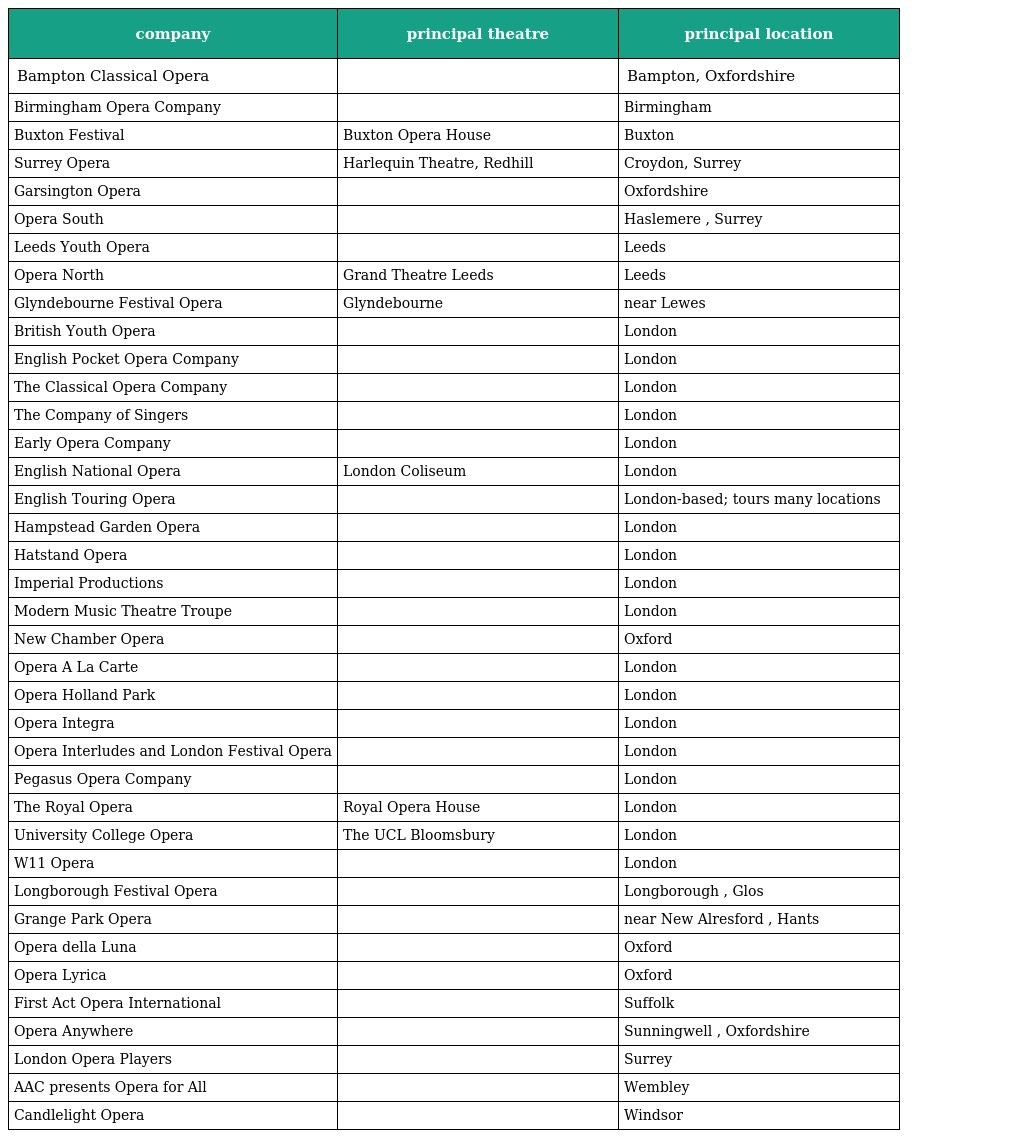
| company | principal theatre | principal location |
 | --- | --- | --- |
 | Bampton Classical Opera |  | Bampton, Oxfordshire |
 | Birmingham Opera Company |  | Birmingham |
 | Buxton Festival | Buxton Opera House | Buxton |
 | Surrey Opera | Harlequin Theatre, Redhill | Croydon, Surrey |
 | Garsington Opera |  | Oxfordshire |
 | Opera South |  | Haslemere , Surrey |
 | Leeds Youth Opera |  | Leeds |
 | Opera North | Grand Theatre Leeds | Leeds |
 | Glyndebourne Festival Opera | Glyndebourne | near Lewes |
 | British Youth Opera |  | London |
 | English Pocket Opera Company |  | London |
 | The Classical Opera Company |  | London |
 | The Company of Singers |  | London |
 | Early Opera Company |  | London |
 | English National Opera | London Coliseum | London |
 | English Touring Opera |  | London-based; tours many locations |
 | Hampstead Garden Opera |  | London |
 | Hatstand Opera |  | London |
 | Imperial Productions |  | London |
 | Modern Music Theatre Troupe |  | London |
 | New Chamber Opera |  | Oxford |
 | Opera A La Carte |  | London |
 | Opera Holland Park |  | London |
 | Opera Integra |  | London |
 | Opera Interludes and London Festival Opera |  | London |
 | Pegasus Opera Company |  | London |
 | The Royal Opera | Royal Opera House | London |
 | University College Opera | The UCL Bloomsbury | London |
 | W11 Opera |  | London |
 | Longborough Festival Opera |  | Longborough , Glos |
 | Grange Park Opera |  | near New Alresford , Hants |
 | Opera della Luna |  | Oxford |
 | Opera Lyrica |  | Oxford |
 | First Act Opera International |  | Suffolk |
 | Opera Anywhere |  | Sunningwell , Oxfordshire |
 | London Opera Players |  | Surrey |
 | AAC presents Opera for All |  | Wembley |
 | Candlelight Opera |  | Windsor |